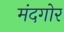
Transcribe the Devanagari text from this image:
मंदगोर